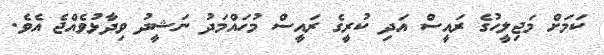
ކަމަށް މަޖިލީހުގެ ރައީސް އަދި ކުރީގެ ރައީސް މުހައްމަދު ނަޝީދު ވިދާޅުވެއްޖެ އެވެ.